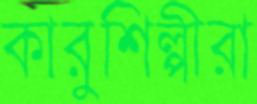
কারুশিল্পীরা